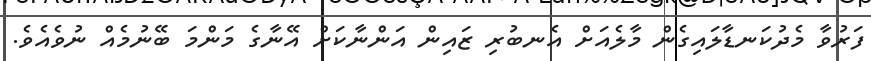
ފަރުވާ މެދުކަނޑާލައިގެން މާލެއަށް އެނބުރި ޒައިން އަންނާކަށް އޭނާގެ މަންމަ ބޭނުމެއް ނުވެއެވެ.